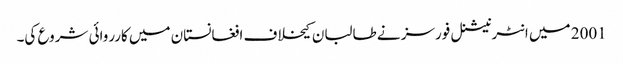
2001 میں انٹرنیشنل فورسز نے طالبان کیخلاف افغانستان میں کارروائی شروع کی۔